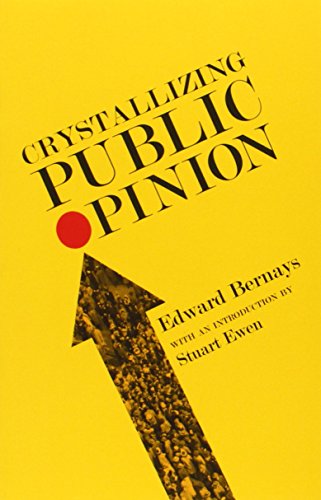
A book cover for Crystallizing Public Opinion; Edward Bernays; Business & Money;